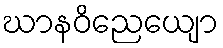
ဃာနဝိညေယျော